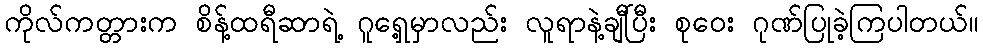
ကိုလ်ကတ္တားက စိန့်ထရီဆာရဲ့ ဂူရှေ့မှာလည်း လူရာနဲ့ချီပြီး စုဝေး ဂုဏ်ပြုခဲ့ကြပါတယ်။